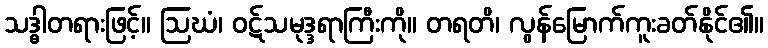
သဒ္ဓါတရားဖြင့်။ ဩဃံ၊ ဝဋ်သမုဒ္ဒရာကြီးကို။ တရတိ၊ လွန်မြောက်ကူးခတ်နိုင်၏။